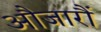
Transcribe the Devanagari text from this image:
औजारौं